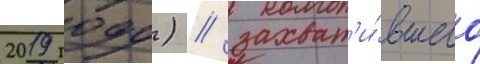
2019 году) / захват'и́вшего